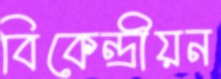
বিকেন্দ্রীয়ন